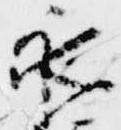
永